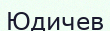
Юдичев